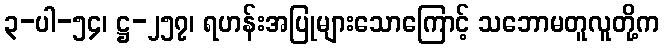
၃-ပါ-၅၄၊ ဋ္ဌ-၂၅၇၊ ရဟန်းအပြုများသောကြောင့် သဘောမတူလူတို့က